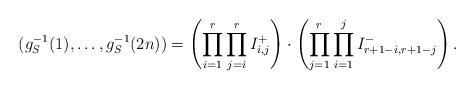
LaTeX: \begin{align*}(g_S^{-1}(1),\ldots,g_S^{-1}(2n))=\left(\prod_{i=1}^r\prod_{j=i}^rI^+_{i,j}\right)\cdot\left(\prod_{j=1}^r\prod_{i=1}^jI^-_{r+1-i,r+1-j}\right).\end{align*}